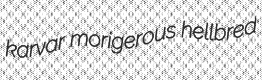
karvar morigerous hellbred